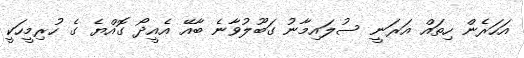
އަހަރެން ހިތައް އަރަނީ ސުލައިމާނު ގަބޫލުވާނެ ބާއޭ އެއީދޯ ގޮއްޔެ ގެ ހުރިމީހަކީ